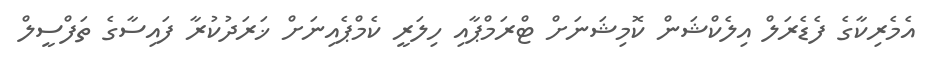
އެމެރިކާގެ ފެޑެރަލް އިލެކްޝަން ކޮމިޝަނަށް ޓްރަމްޕާއި ހިލަރީ ކެމްޕެއިނަށް ޚަރަދުކުރާ ފައިސާގެ ތަފްސީލް